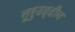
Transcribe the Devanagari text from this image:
नूरुउद्दीन